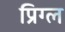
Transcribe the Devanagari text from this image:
प्रिग्ल